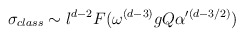
\begin{align*}\sigma_{class} \sim l^{d-2} F(\omega^{(d-3)}g Q \alpha '^{(d-3/2)})\end{align*}